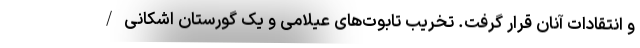
و انتقادات آنان قرار گرفت. تخریب تابوت‌های عیلامی و یک گورستان اشکانی/